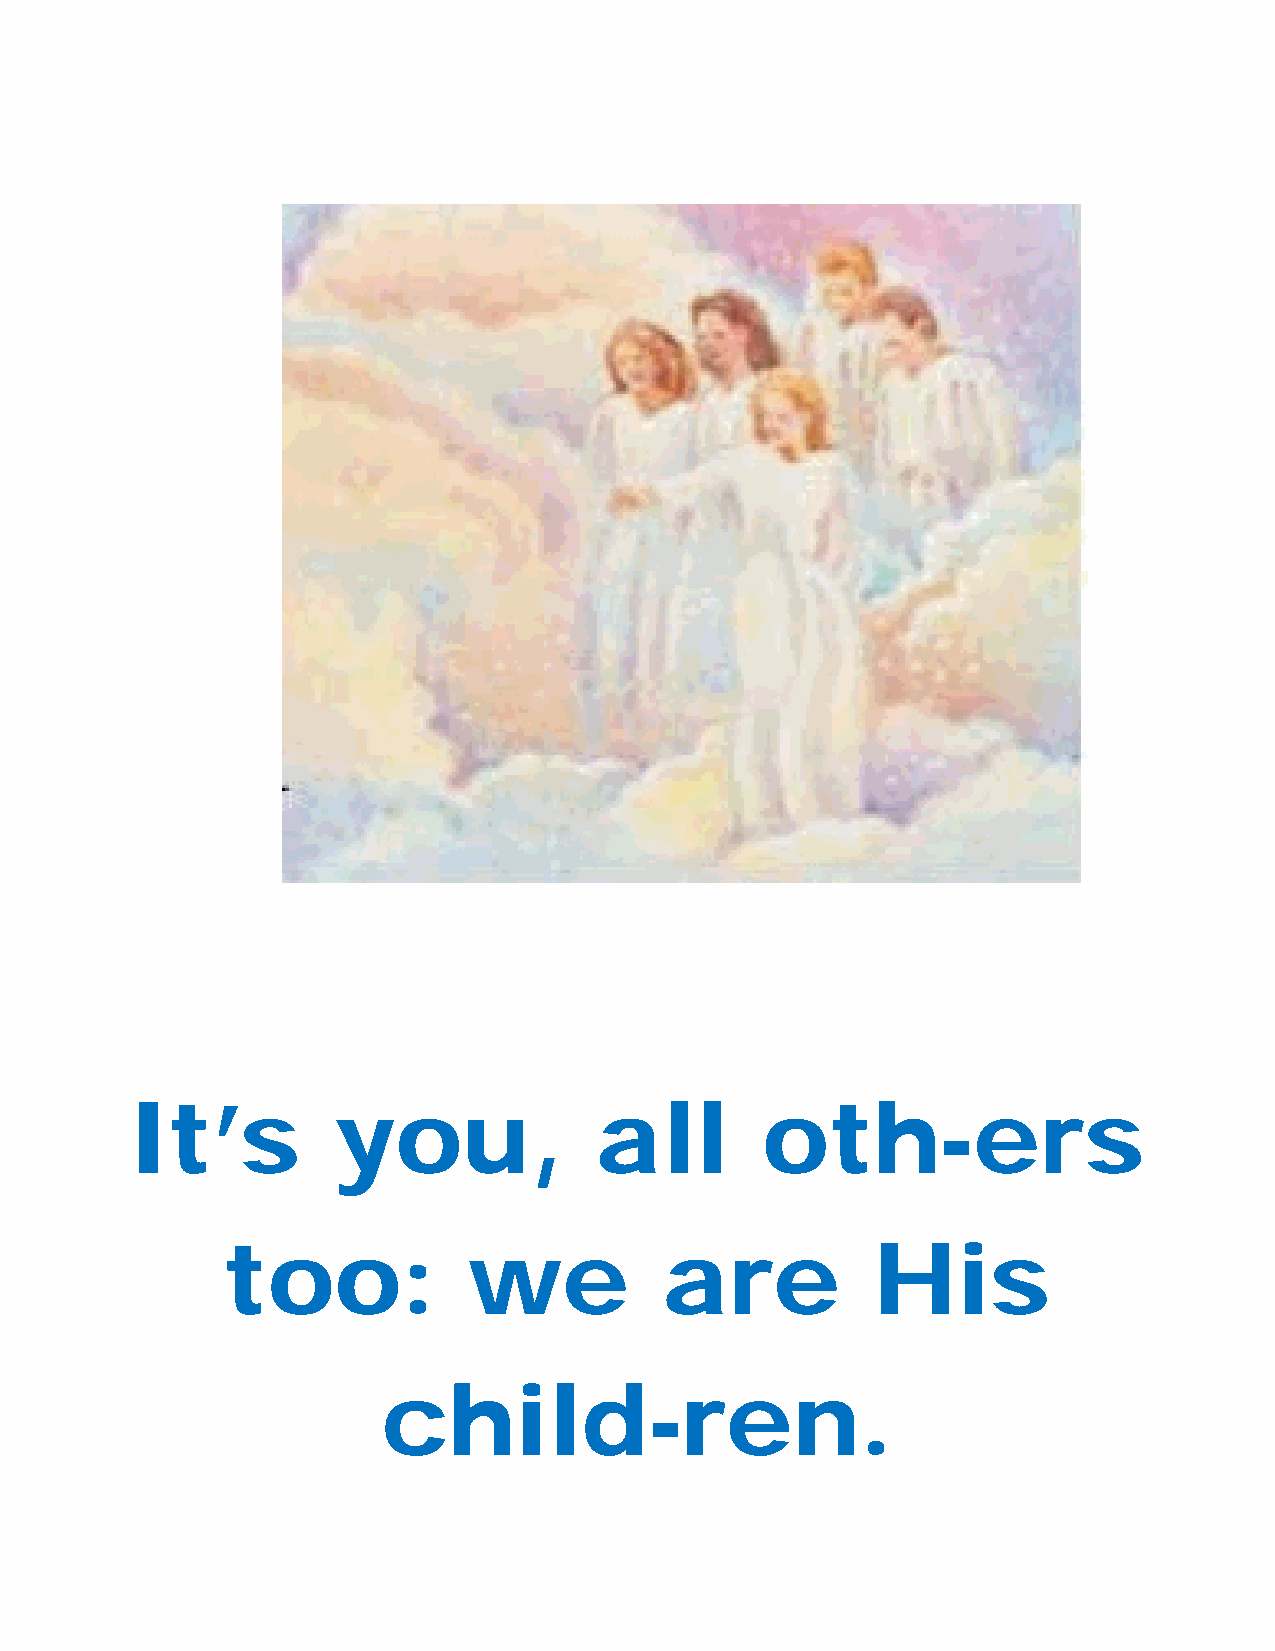
It’s         you,             all        oth-ers
 too:            we           are           His
 child-ren.